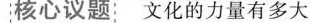
核心议题 文化的力量有多大